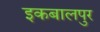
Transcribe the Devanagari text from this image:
इकबालपुर